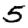
Digit: 5